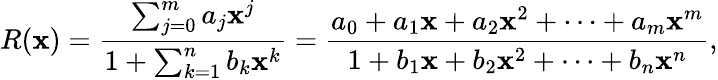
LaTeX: R(\mathbf{x})={\frac{{\sum_{j=0}^{m}a_{j}\mathbf{x}^{j}}}{{1+\sum_{k=1}^{n}b_{k}\mathbf{x}^{k}}}}={\frac{{a_{0}+a_{1}\mathbf{x}+a_{2}\mathbf{x}^{2}+\dots+a_{m}\mathbf{x}^{m}}}{{1+b_{1}\mathbf{x}+b_{2}\mathbf{x}^{2}+\dots+b_{n}\mathbf{x}^{n}}}},